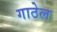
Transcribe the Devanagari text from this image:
गाठेल